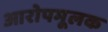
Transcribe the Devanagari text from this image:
आरोपमूलक